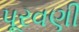
પૂરવણી